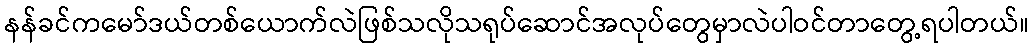
နန်ခင်ကမော်ဒယ်တစ်ယောက်လဲဖြစ်သလိုသရုပ်ဆောင်အလုပ်တွေမှာလဲပါဝင်တာတွေ့ရပါတယ်။